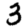
Digit: 3